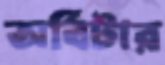
অর্বিটার